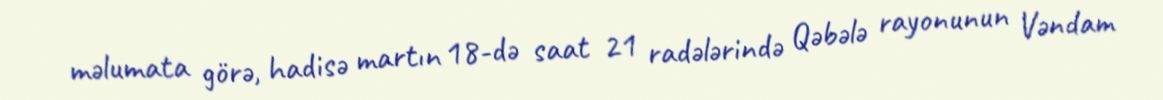
məlumata görə, hadisə martın 18-də saat 21 radələrində Qəbələ rayonunun Vəndam